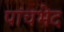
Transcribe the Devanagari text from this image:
पांचभेद